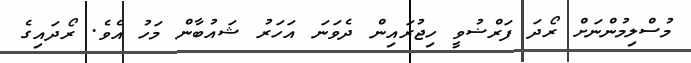
މުސްލިމުންނަށް ރޯދަ ފަރްޟުވީ ހިޖުރައިން ދެވަނަ އަހަރު ޝައުބާން މަހު އެވެ. ރޯދައިގެ